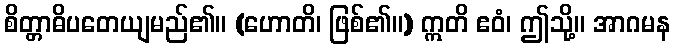
စိတ္တာဓိပတေယျမည်၏။ (ဟောတိ၊ ဖြစ်၏။) ဣတိ ဧဝံ၊ ဤသို့။ အာဂမန